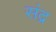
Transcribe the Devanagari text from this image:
संद्र